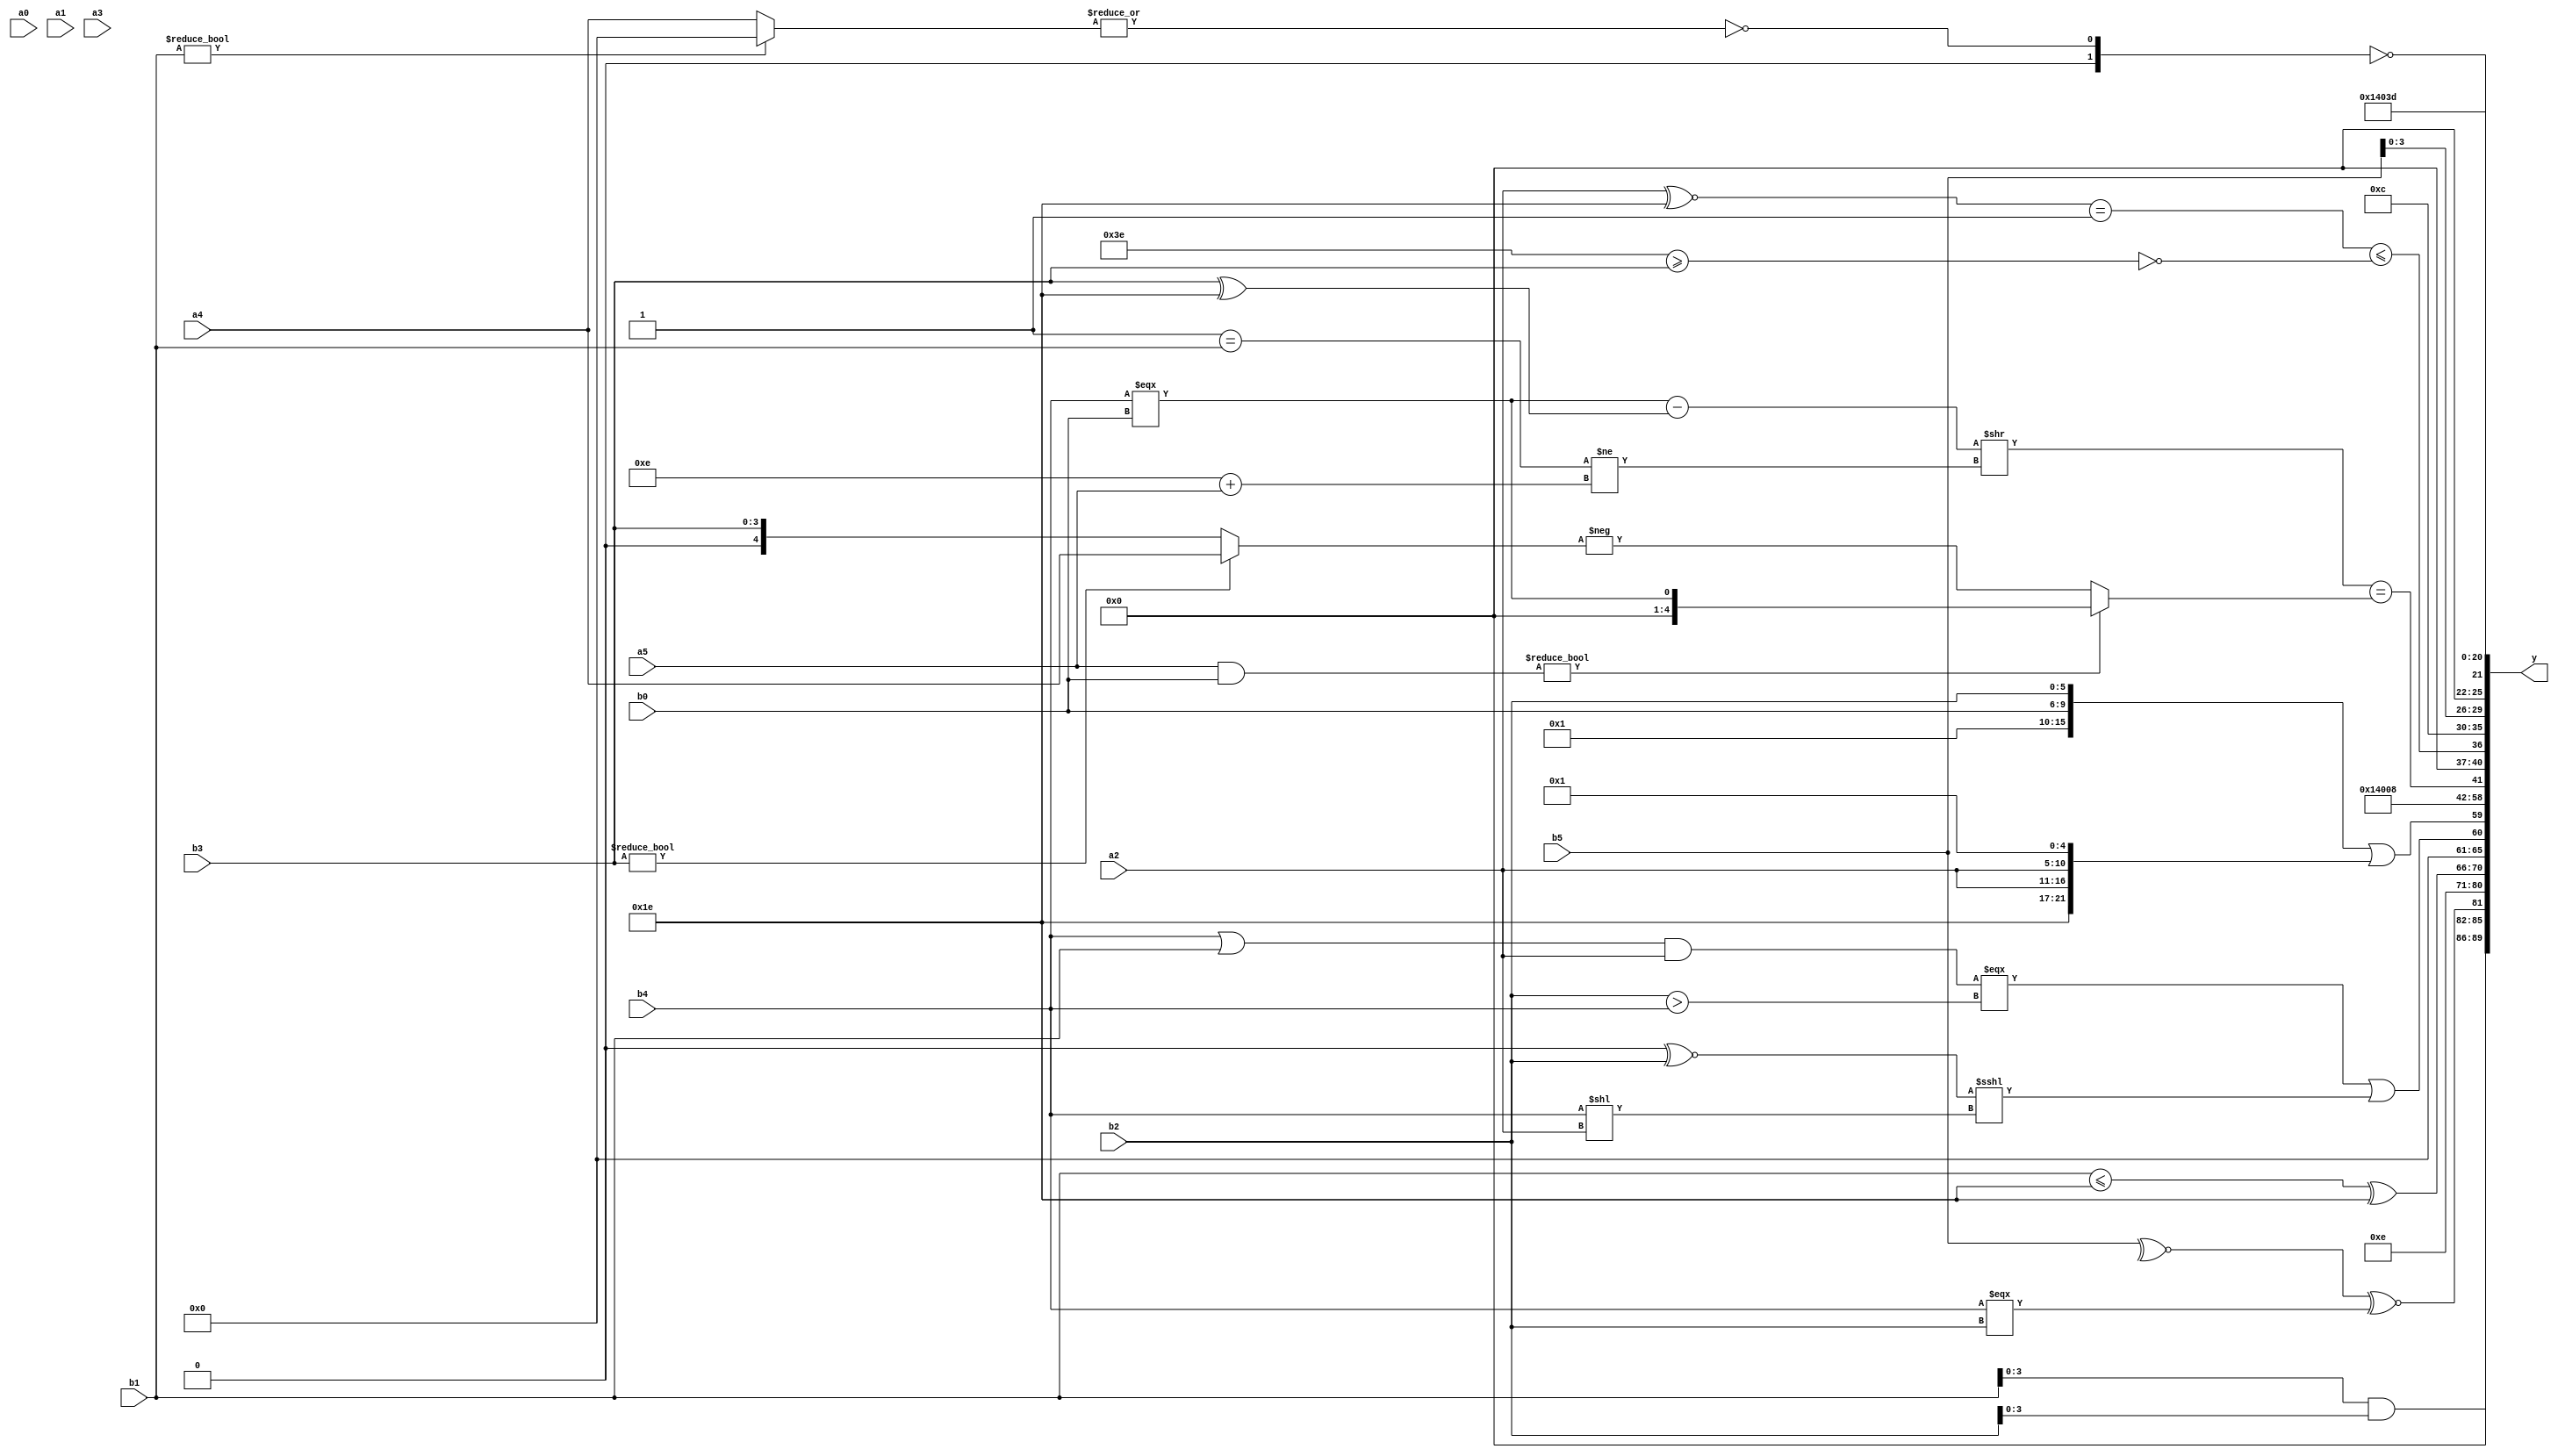
module expression_00514(a0, a1, a2, a3, a4, a5, b0, b1, b2, b3, b4, b5, y);
  input [3:0] a0;
  input [4:0] a1;
  input [5:0] a2;
  input signed [3:0] a3;
  input signed [4:0] a4;
  input signed [5:0] a5;

  input [3:0] b0;
  input [4:0] b1;
  input [5:0] b2;
  input signed [3:0] b3;
  input signed [4:0] b4;
  input signed [5:0] b5;

  wire [3:0] y0;
  wire [4:0] y1;
  wire [5:0] y2;
  wire signed [3:0] y3;
  wire signed [4:0] y4;
  wire signed [5:0] y5;
  wire [3:0] y6;
  wire [4:0] y7;
  wire [5:0] y8;
  wire signed [3:0] y9;
  wire signed [4:0] y10;
  wire signed [5:0] y11;
  wire [3:0] y12;
  wire [4:0] y13;
  wire [5:0] y14;
  wire signed [3:0] y15;
  wire signed [4:0] y16;
  wire signed [5:0] y17;

  output [89:0] y;
  assign y = {y0,y1,y2,y3,y4,y5,y6,y7,y8,y9,y10,y11,y12,y13,y14,y15,y16,y17};

  localparam [3:0] p0 = (&(5'sd14));
  localparam [4:0] p1 = ((((5'd6)<<(3'sd2))<<<((3'sd3)%(3'sd2)))>=(((-4'sd1)<=(4'd8))===((5'd22)<=(4'sd5))));
  localparam [5:0] p2 = ((((5'd21)>(4'd4))!=={4{(5'd16)}})<=(-5'sd1));
  localparam signed [3:0] p3 = ((((5'd29)>>>(4'sd6))^((5'd16)<(5'sd10)))<<<(-3'sd2));
  localparam signed [4:0] p4 = (((-5'sd6)^~(2'sd0))?((3'd7)<<(-2'sd1)):((4'd3)?(-5'sd13):(-4'sd2)));
  localparam signed [5:0] p5 = ({((5'd27)?(-2'sd1):(4'd6))}?((4'd10)?(2'd0):(5'd7)):(2'd3));
  localparam [3:0] p6 = {(4'd2),(5'd14)};
  localparam [4:0] p7 = (|{4{{4{(3'sd1)}}}});
  localparam [5:0] p8 = (~({(2'sd0),(3'sd2)}>=(~|(-2'sd1))));
  localparam signed [3:0] p9 = {2{{3{((-2'sd0)==(4'sd7))}}}};
  localparam signed [4:0] p10 = ((5'sd12)&&(5'd3));
  localparam signed [5:0] p11 = {{(-2'sd0),(4'sd5)}};
  localparam [3:0] p12 = {3{{3{(4'd12)}}}};
  localparam [4:0] p13 = ((~^((2'sd1)!==(-5'sd15)))*((3'd2)?(4'd13):(5'd6)));
  localparam [5:0] p14 = ({3{((5'sd2)^(-5'sd0))}}<(((5'd29)|(-2'sd1))?((2'd0)?(-2'sd1):(4'sd0)):(6'd2 * (3'd0))));
  localparam signed [3:0] p15 = (((-4'sd7)?(-4'sd1):(4'sd0))>={2{(-3'sd2)}});
  localparam signed [4:0] p16 = (-3'sd2);
  localparam signed [5:0] p17 = (5'd2 * (5'd13));

  assign y0 = ({4{b1}}&(({4{b2}})));
  assign y1 = (|$unsigned(((|$unsigned(((+(-(~|$unsigned($unsigned(p11)))))||((~^$signed(b5))^~(b4===b2))))))));
  assign y2 = (!(~^(5'd5)));
  assign y3 = $signed($signed(p16));
  assign y4 = ((b1<=p16)^{p15,p16});
  assign y5 = ((((b4||b1)&&(a2))===($signed((b2>b4))))||$unsigned(($unsigned((p5^~b2))<<<$signed((b4<<a2)))));
  assign y6 = {(((|p3)?(b5!=p16):{p2,b0,b2})||{(p17?p16:b4),{2{a2}},(p13?b4:p15)}),(3'd5)};
  assign y7 = (&(~&{3{(2'd3)}}));
  assign y8 = (((!p8)?(a5!==a4):(~|p7))?((~^(~|p14))==(~(|p14))):$signed((&((~p13)|(p12>>>p8)))));
  assign y9 = ((((b4===b0)-(b3^p16))>>((p7==b1)!=(p6+a5)))==((a5&b0)?(b4===b0):(-(b3?a4:b3))));
  assign y10 = (((a2^~p16)==(|p16))<=(~(p8>=b3)));
  assign y11 = $signed({3{$unsigned($signed(p12))}});
  assign y12 = {2{b5}};
  assign y13 = ((~|(b1?p0:a4))==(-2'sd0));
  assign y14 = (6'd2 * $unsigned((p10?p15:p9)));
  assign y15 = (5'd24);
  assign y16 = {4{p9}};
  assign y17 = (+(-4'sd3));
endmodule